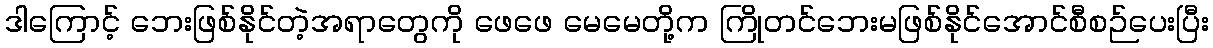
ဒါကြောင့် ဘေးဖြစ်နိုင်တဲ့အရာတွေကို ဖေဖေ မေမေတို့က ကြိုတင်ဘေးမဖြစ်နိုင်အောင်စီစဉ်ပေးပြီး